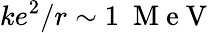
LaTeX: ke^{2}/r\sim 1~\mathrm{~M~e~V~}